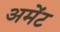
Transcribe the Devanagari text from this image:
अमेंट